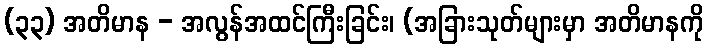
(၃၃) အတိမာန - အလွန်အထင်ကြီးခြင်း၊ (အခြားသုတ်များမှာ အတိမာနကို